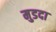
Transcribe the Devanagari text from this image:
मुडदा